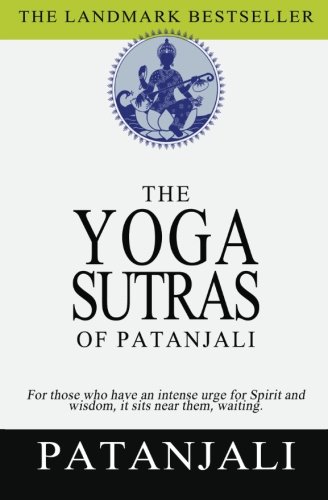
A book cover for The Yoga Sutras of Patanjali; Patanjali; Religion & Spirituality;